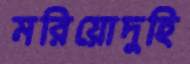
মরিয়োদুহি